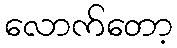
လောက်တော့